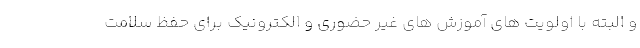
و البته با اولویت های آموزش های غیر حضوری و الکترونیک برای حفظ سلامت